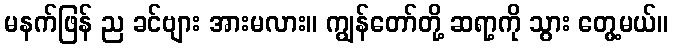
မနက်ဖြန် ည ခင်ဗျား အားမလား။ ကျွန်တော်တို့ ဆရာ့ကို သွား တွေ့မယ်။